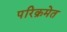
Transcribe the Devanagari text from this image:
परिक्रमेत